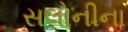
સલોનીના